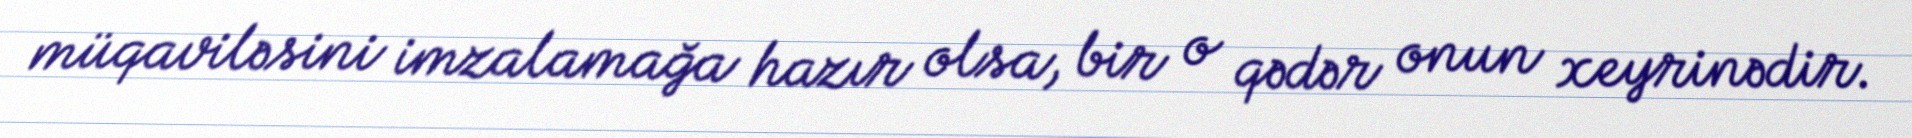
müqaviləsini imzalamağa hazır olsa, bir o qədər onun xeyrinədir.